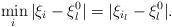
LaTeX: \begin{align*}\min_{i\,}|\xi_i-\xi^0_l|=|\xi_{i_l}-\xi^0_l|.\end{align*}